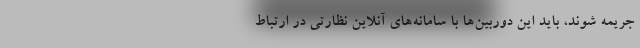
جریمه شوند، باید این دوربین‌ها با سامانه‌های آنلاین نظارتی در ارتباط